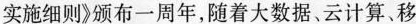
实施细则》颁布一周年，随着大数据。云计算、移